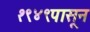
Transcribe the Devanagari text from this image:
१९४९पासून